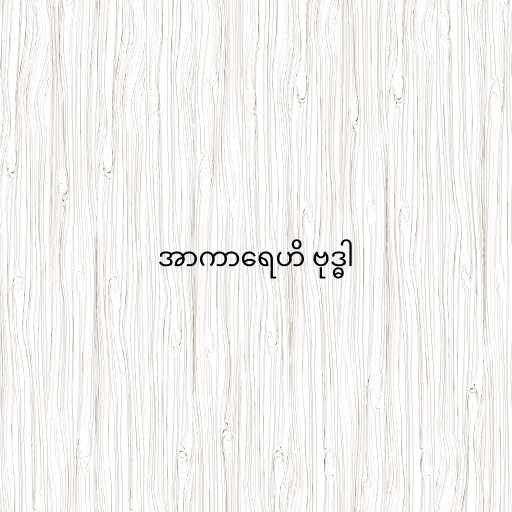
အာကာရေဟိ ဗုဒ္ဓါ